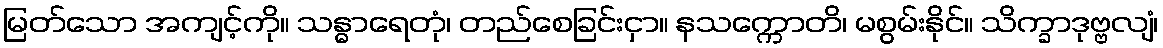
မြတ်သော အကျင့်ကို။ သန္ဓာရေတုံ၊ တည်စေခြင်းငှာ။ နသက္ကောတိ၊ မစွမ်းနိုင်။ သိက္ခာဒုဗ္ဗလျံ၊